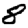
Digit: 8